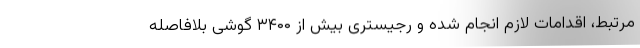
مرتبط، اقدامات لازم انجام شده و رجیستری بیش از ۳۴۰۰ گوشی بلافاصله